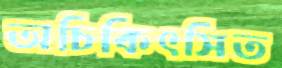
অচিকিৎসিত